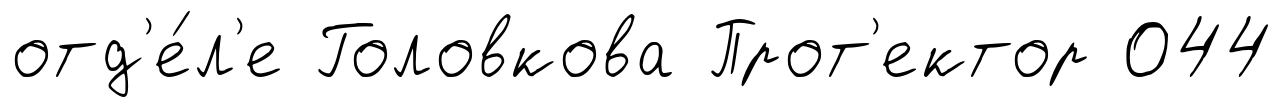
отд'е́л'е Головкова Прот'ектор 044